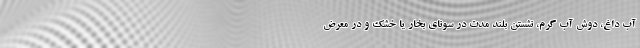
آب داغ، دوش آب گرم، نشستن بلند مدت در سونای بخار یا خشک و در معرض